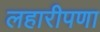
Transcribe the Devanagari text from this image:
लहारीपणा